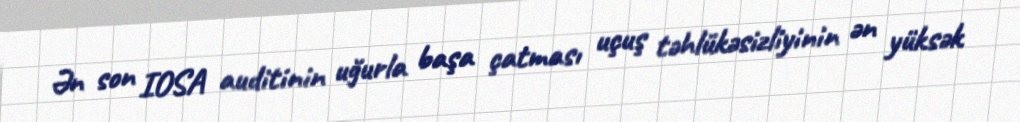
Ən son IOSA auditinin uğurla başa çatması uçuş təhlükəsizliyinin ən yüksək